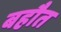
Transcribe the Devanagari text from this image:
बहौत